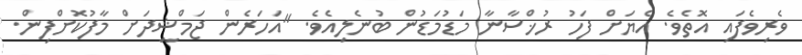
ވެރިވެފައި އޮތެވެ. އެޔަށް ފަހު ރުޚްސާނާ މަޑުމަޑުން ބުނެލިއެވެ. "އަހަރެން ޖަމްޝީދަށް މާފުކޮށްފިން.